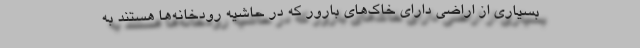
بسیاری از اراضی دارای خاک‌های بارور که در حاشیه رودخانه‌ها هستند به